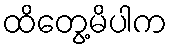
ထိတွေ့မိပါက